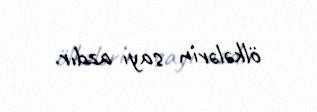
ölkələrin sayı azdır.